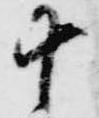
十